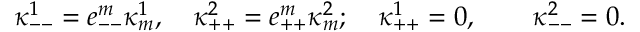
\kappa _ { -- } ^ { 1 } = e _ { -- } ^ { m } \kappa _ { m } ^ { 1 } , \quad \kappa _ { + + } ^ { 2 } = e _ { + + } ^ { m } \kappa _ { m } ^ { 2 } ; \quad \kappa _ { + + } ^ { 1 } = 0 , \quad \quad \kappa _ { -- } ^ { 2 } = 0 .